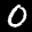
Label: 0